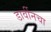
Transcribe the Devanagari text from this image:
डार्वीनचा